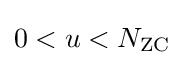
0<u<N_{\text{ZC}}